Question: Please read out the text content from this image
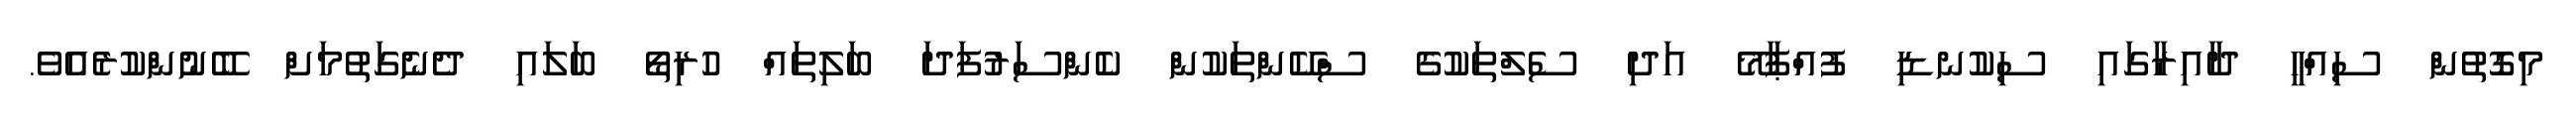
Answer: މިގޮތުން ސިއްހީ ދާއިރާގައި ސިކުނޑި ފުއްޕާމޭ އަދި ސެލްތަކުގެ ސްކޭންތަކުން ކެންސަރުފަދަ ބަލިތައް ހުރިތޯ ބަލައި ދެނެގަތުމަށް ބޭނުންކުރެއެވެ.